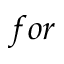
f o r